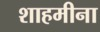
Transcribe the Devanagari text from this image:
शाहमीना